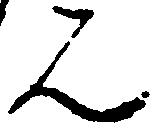
ん